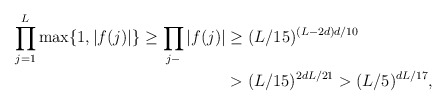
\begin{align*}\prod_{j=1}^L \max\{1,|f(j)|\} \ge \prod_{j - } |f(j)|&\geq (L/15)^{(L-2d)d/10} \\&> (L/15)^{2dL/21}>(L/5)^{dL/17},\end{align*}